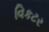
વિકટર